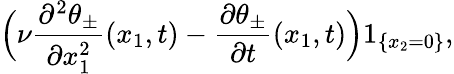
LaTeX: \Big(\nu\frac{\partial^{2}\theta_{\pm}}{\partial x_{1}^{2}}(x_{1},t)-\frac{\partial\theta_{\pm}}{\partial t}(x_{1},t)\Big)1_{\{ x_{2}=0\} },